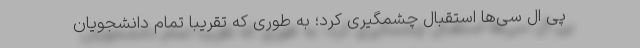
پی ال سی‌­ها استقبال چشمگیری کرد؛ به طوری که تقریبا تمام دانشجویان